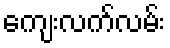
ကျေးလက်လမ်း